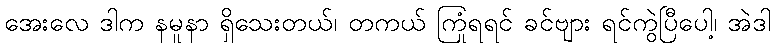
အေးလေ ဒါက နမူနာ ရှိသေးတယ်၊ တကယ် ကြုံရရင် ခင်ဗျား ရင်ကွဲပြီပေါ့၊ အဲဒါ